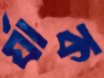
র‍্যাক